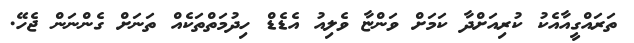
ތަރައްގީއާއެކު ކުރިއަށްދާ ކަމަށް ވަންޏާ ވެލިއު އެޑެޑް ހިދުމަތްތަކެއް ތަނަށް ގެންނަން ޖެހޭ.